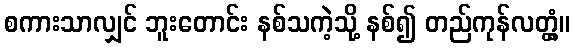
စကားသာလျှင် ဘူးတောင်း နစ်သကဲ့သို့ နစ်၍ တည်ကုန်လတ္တံ့။